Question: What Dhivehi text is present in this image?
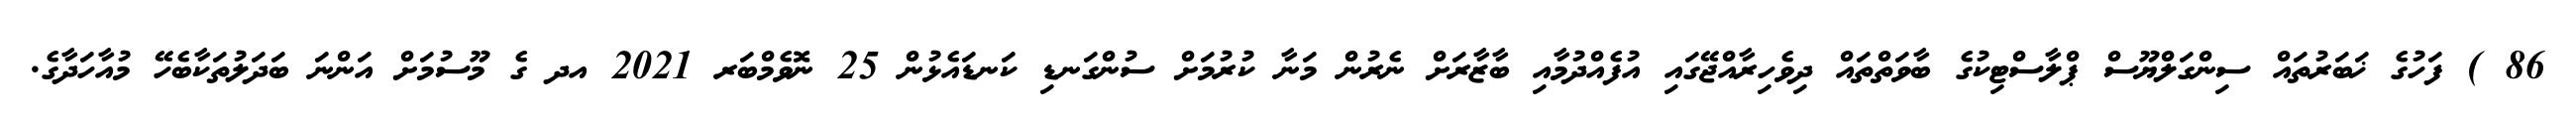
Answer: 86 ) ފަހުގެ ޚަބަރުތައް ސިންގަލްޔޫސް ޕްލާސްޓިކުގެ ބާވަތްތައް ދިވެހިރާއްޖޭގައި އުފެއްދުމާއި ބާޒާރަށް ނެރުން މަނާ ކުރުމަށް ސުންގަނޑި ކަނޑައެޅުން 25 ނޮވެމްބަރ 2021 އދ ގެ މޫސުމަށް އަންނަ ބަދަލުތަކާބެހޭ މުއާހަދާގެ.